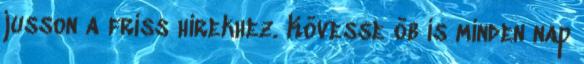
jusson a friss hírekhez. Kövesse öb is minden nap